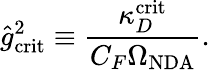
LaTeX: \hat{g}_{\mathrm{crit}}^{2}\equiv\frac{\kappa_{D}^{\mathrm{crit}}}{C_{F}\Omega_{\mathrm{NDA}}}.